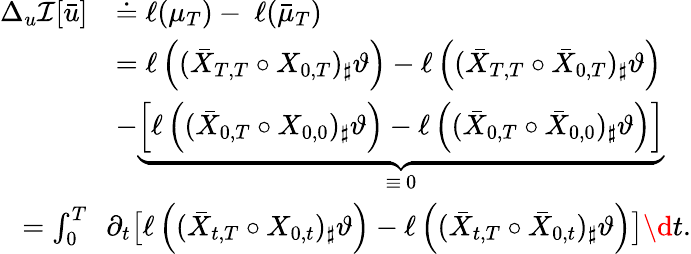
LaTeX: \begin{array}{rl}{\Delta_{u}\mathcal I[\bar{u}]}&{\doteq\ell(\mu_{T})-\ \ell(\bar{\mu}_{T})}\\ &{=\ell\left((\bar{X}_{T,T}\circ X_{0,T})_{\sharp}\vartheta\right)-\ell\left((\bar{X}_{T,T}\circ\bar{X}_{0,T})_{\sharp}\vartheta\right)}\\ &{-\underbrace{\left[\ell\left((\bar{X}_{0,T}\circ X_{0,0})_{\sharp}\vartheta\right)-\ell\left((\bar{X}_{0,T}\circ\bar{X}_{0,0})_{\sharp}\vartheta\right)\right]}_{\mathrm{~\equiv~0~}}}\\ {=\int_{0}^{T}}&{\! \! \partial_{t}\big[\ell\left((\bar{X}_{t,T}\circ X_{0,t})_{\sharp}\vartheta\right)-\ell\left((\bar{X}_{t,T}\circ\bar{X}_{0,t})_{\sharp}\vartheta\right)\big]\d t.}\end{array}